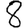
Digit: 8